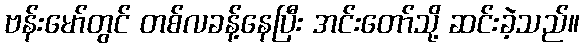
ဗန်းမော်တွင် တစ်လခန့်နေပြီး အင်းတော်သို့ ဆင်းခဲ့သည်။